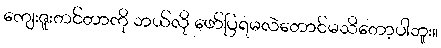
ကျေးဇူးတင်တာကို ဘယ်လို ဖော်ပြရမလဲတောင်မသိတော့ပါဘူး။